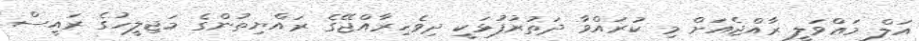
އަލް މަޢްވަލީ ރާއްޖެއަށް މި ކުރައްވާ ދަތުރުފުޅަކީ ދިވެހިރާއްޖޭގެ ރައްޔިތުންގެ މަޖިލީހުގެ ރައީސް